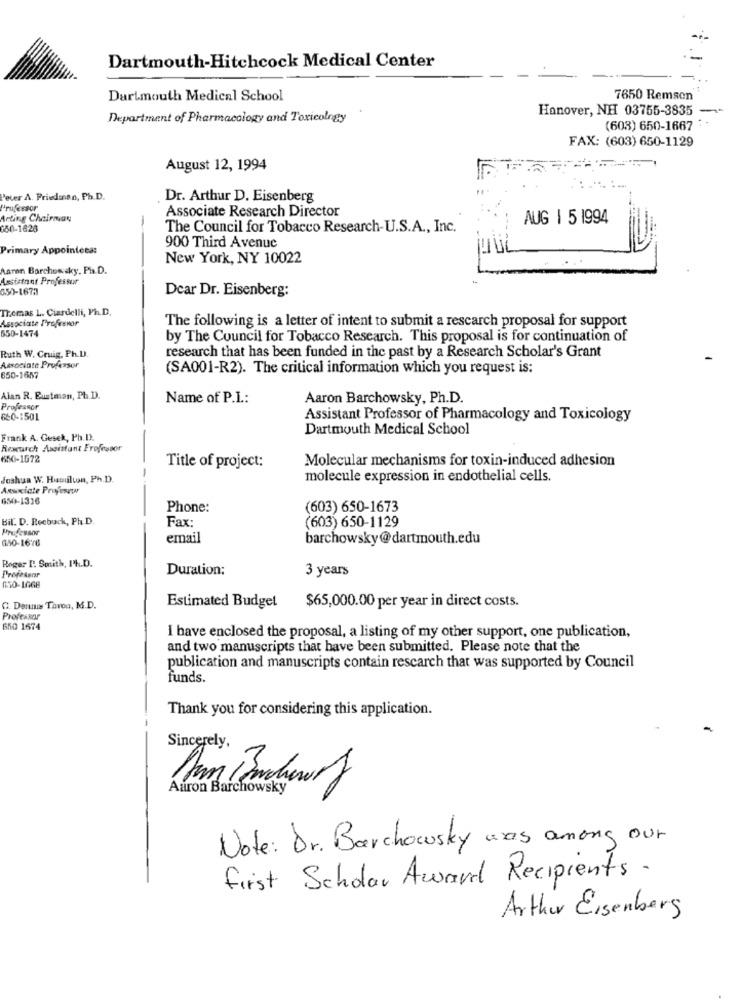
Dartmouth-Hitchcock Medical Center
Dartmouth Medical School
7650 Remson
Hanover, NH 03755-3835 -
Department of Pharmacology and Toxicology
(603) 650-1667
FAX: (603) 650-1129
August 12, 1994
Peter A. Priedinan, Ph.D.
Dr. Arthur D. Eisenberg
Professor
Associate Research Director
Arting Chairman
AUG 1 5 1994
150-1628
-
The Council for Tobacco Research-U.S.A ., Inc.
Primary Appointees:
900 Third Avenue
New York, NY 10022
Aaron Borchowsky, Ph.D.
Assistant Professor
650-1673
Dear Dr. Eisenberg:
Themas L. Ciardelli, Ph.D.
Associate Professor
The following is a letter of intent to submit a rescarch proposal for support
650-1474
by The Council for Tobacco Research. This proposal is for continuation of
Ruth W. Cruig, Ph.D.
research that has been funded in the past by a Research Scholar's Grant
Associate Professor
(SA001-R2). The critical information which you request is:
650-1657
Alan R. Eustman, Ph.D.
Name of P.I .:
Aaron Barchowsky, Ph.D.
Professor
660-1501
Assistant Professor of Pharmacology and Toxicology
Dartmouth Medical School
Frank A. Gesek, Ph.D.
Research Assistant Erofessor
650-1672
Molecular mechanisms for toxin-induced adhesion
Title of project:
Joshua W. Huoulton, Ph.D.
-
molecule expression in endothelial cells.
Axaciate Professor
650-1316
Phone:
(603) 650-1673
Bil. D. Roebuck, Ph. D.
Fax:
(603) 650-1129
Professor
350-1678
email
barchowsky@dartmouth.edu
Roger I. Smith, Ph.D.
Duration:
3 years
Professor
150-1668
C. Denius Taron, M.D.
Estimated Budget
$65,000.00 per year in direct costs.
Professor
650 1674
I have enclosed the proposal, a listing of my other support, one publication,
and two manuscripts that have been submitted. Please note that the
publication and manuscripts contain rescarch that was supported by Council
funds.
Thank you for considering this application.
Sincerely,
Aaron Barchowsky
Note: Dr. Barchowsky was among our
first Scholar Award Recipients .
Arthur Eisenberg